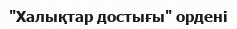
"Халықтар достығы" ордені